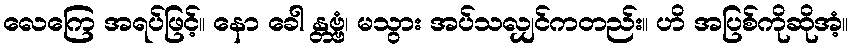
လေကြေ အရပ်ဖြင့်။ နော ခေါ န္တဗ္ဗံ၊ မသွား အပ်သလျှင်ကတည်း။ ဟိ အပြစ်ကိုဆိုအံ့။